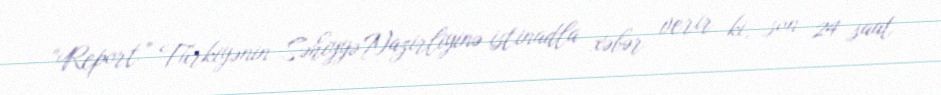
“Report” Türkiyənin Səhiyyə Nazirliyinə istinadla xəbər verir ki, son 24 saat